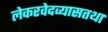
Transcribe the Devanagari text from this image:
लेकरवेदव्यासतथा